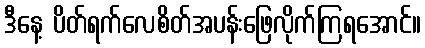
ဒီနေ့ ပိတ်ရက်လေစိတ်အပန်းဖြေလိုက်ကြရအောင်။